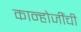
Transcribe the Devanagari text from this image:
कान्होजींची